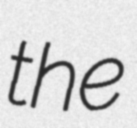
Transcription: the